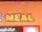
meal